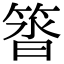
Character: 䈋